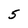
Character: 5